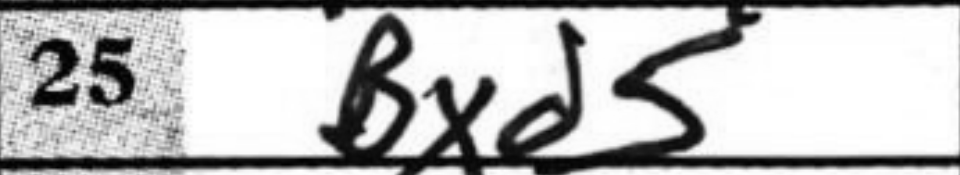
Transcription: Bxd5